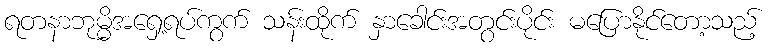
ရတနာဘုမ္မိအရှေ့ရပ်ကွက် သန်းထိုက် နှာခေါင်းအတွင်းပိုင်း မပြောနိုင်တော့သည့်